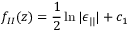
f _ { I I } ( z ) = \frac { 1 } { 2 } \ln | \epsilon _ { | | } | + c _ { 1 }